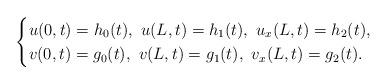
LaTeX: \begin{align*}\begin{cases}u(0,t)=h_0(t),\,\,u(L,t)=h_1(t),\,\,u_{x}(L,t)=h_2(t),\\v(0,t)=g_0(t),\,\,v(L,t)=g_1(t),\,\,v_{x}(L,t)=g_2(t).\end{cases}\end{align*}